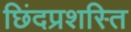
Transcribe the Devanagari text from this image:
छिंदप्रशस्ति